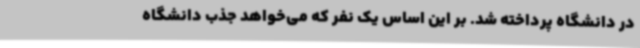
در دانشگاه پرداخته شد. بر این اساس یک نفر که می‌خواهد جذب دانشگاه